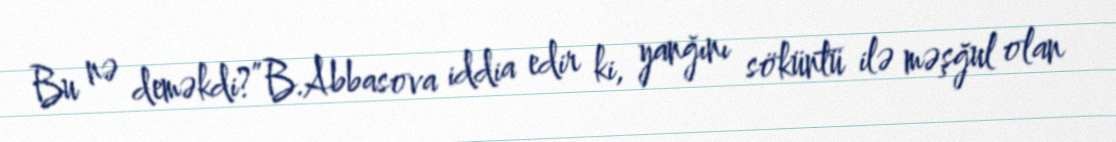
Bu nə deməkdi?”B.Abbasova iddia edir ki, yanğını söküntü ilə məşğul olan